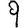
Digit: 9